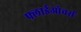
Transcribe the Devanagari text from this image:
फ्लाईओवर्स